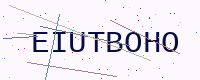
Text: EIUTBOHO